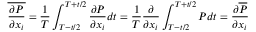
\overline { { \frac { \partial P } { \partial x _ { i } } } } = { \frac { 1 } { T } } \int _ { T - t / 2 } ^ { T + t / 2 } { \frac { \partial P } { \partial x _ { i } } } d t = { \frac { 1 } { T } } { \frac { \partial } { \partial x _ { i } } } \int _ { T - t / 2 } ^ { T + t / 2 } P d t = { \frac { \partial \overline { { P } } } { \partial x _ { i } } }